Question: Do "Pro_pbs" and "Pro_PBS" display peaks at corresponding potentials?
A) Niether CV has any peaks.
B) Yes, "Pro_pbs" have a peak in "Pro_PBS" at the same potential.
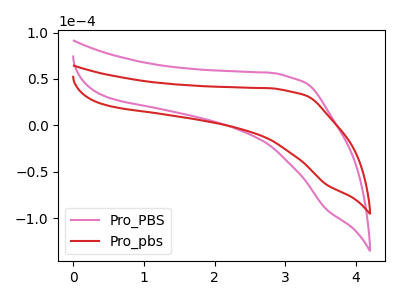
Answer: <think>The pink curve "Pro_PBS" has no peaks. The red curve "Pro_pbs" has no peaks.</think>
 <answer>A) Niether CV has any peaks.</answer>
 <eval>A</eval>